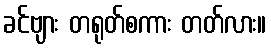
ခင်ဗျား တရုတ်စကား တတ်လား။